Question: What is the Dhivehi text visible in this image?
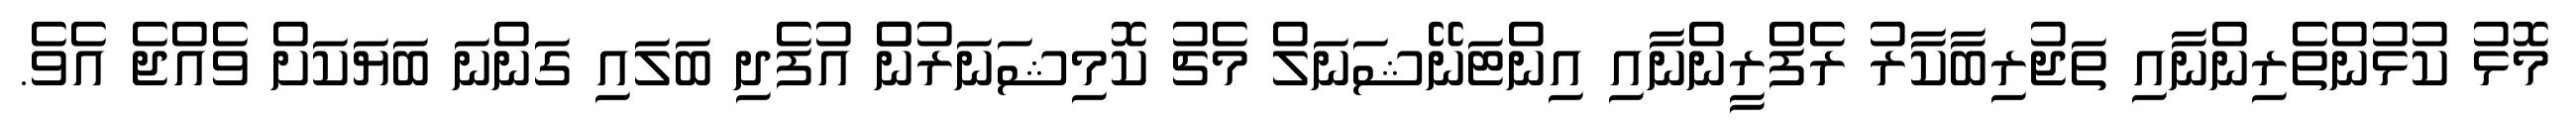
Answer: މޮޅު ކުޅުންތެރިންނާއި ތަޖުރިބާކާރު ރެފްރީންނާއި އިންޓަނޭޝަނަލް މެޗު ކޮމިޝަނަރުންް އުފެދި ބަލައި ގަންނަ ބަޔަކަށް ވެއްޖެ އެވެ.